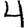
Digit: 4